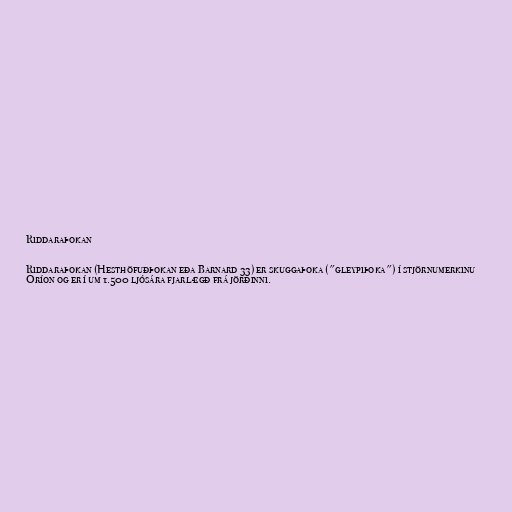
Riddaraþokan

Riddaraþokan (Hesthöfuðþokan eða Barnard 33) er skuggaþoka ("gleypiþoka") í stjörnumerkinu
Óríon og er í um 1.500 ljósára fjarlægð frá jörðinni.